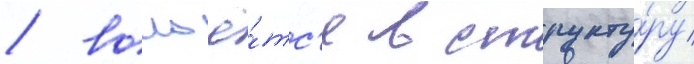
/ вольё́тс'я в структу́ру